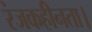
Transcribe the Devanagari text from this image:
रंजकहीनता।